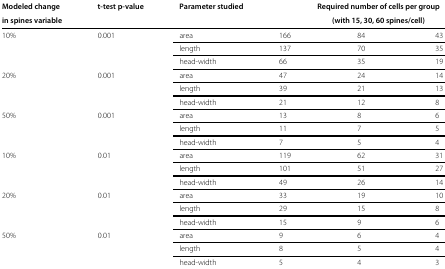
<table><thead><tr><td><b>Modeled change</b></td><td><b>t-test p-value</b></td><td><b>Parameter studied</b></td><td colspan="3"><b>Required number of cells per group</b></td></tr><tr><td><b>in spines variable</b></td><td><b> </b></td><td><b> </b></td><td colspan="3"><b>(with 15, 30, 60 spines/cell)</b></td></tr></thead><tbody><tr><td>10%</td><td>0.001</td><td>area</td><td>166</td><td>84</td><td>43</td></tr><tr><td> </td><td> </td><td>length</td><td>137</td><td>70</td><td>35</td></tr><tr><td> </td><td> </td><td>head-width</td><td>66</td><td>35</td><td>19</td></tr><tr><td>20%</td><td>0.001</td><td>area</td><td>47</td><td>24</td><td>14</td></tr><tr><td> </td><td> </td><td>length</td><td>39</td><td>21</td><td>13</td></tr><tr><td> </td><td> </td><td>head-width</td><td>21</td><td>12</td><td>8</td></tr><tr><td>50%</td><td>0.001</td><td>area</td><td>13</td><td>8</td><td>6</td></tr><tr><td> </td><td> </td><td>length</td><td>11</td><td>7</td><td>5</td></tr><tr><td> </td><td> </td><td>head-width</td><td>7</td><td>5</td><td>4</td></tr><tr><td>10%</td><td>0.01</td><td>area</td><td>119</td><td>62</td><td>31</td></tr><tr><td> </td><td> </td><td>length</td><td>101</td><td>51</td><td>27</td></tr><tr><td> </td><td> </td><td>head-width</td><td>49</td><td>26</td><td>14</td></tr><tr><td>20%</td><td>0.01</td><td>area</td><td>33</td><td>19</td><td>10</td></tr><tr><td> </td><td> </td><td>length</td><td>29</td><td>15</td><td>8</td></tr><tr><td> </td><td> </td><td>head-width</td><td>15</td><td>9</td><td>6</td></tr><tr><td>50%</td><td>0.01</td><td>area</td><td>9</td><td>6</td><td>4</td></tr><tr><td> </td><td> </td><td>length</td><td>8</td><td>5</td><td>4</td></tr><tr><td> </td><td> </td><td>head-width</td><td>5</td><td>4</td><td>3</td></tr></tbody></table>